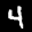
Label: 4